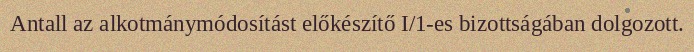
Antall az alkotmánymódosítást előkészítő I/1-es bizottságában dolgozott.